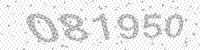
Solution: 081950